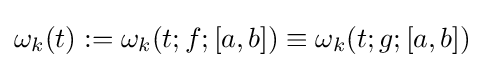
\omega _{k}(t):=\omega _{k}(t;f;[a,b])\equiv \omega _{k}(t;g;[a,b])